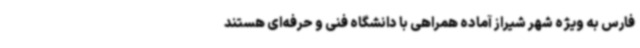
فارس به ویژه شهر شیراز آماده همراهی با دانشگاه فنی و حرفه‌ای هستند